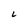
Character: 6